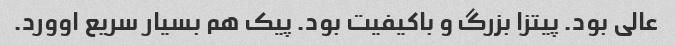
عالی بود. پیتزا بزرگ و باکیفیت بود. پیک هم بسیار سریع اوورد.